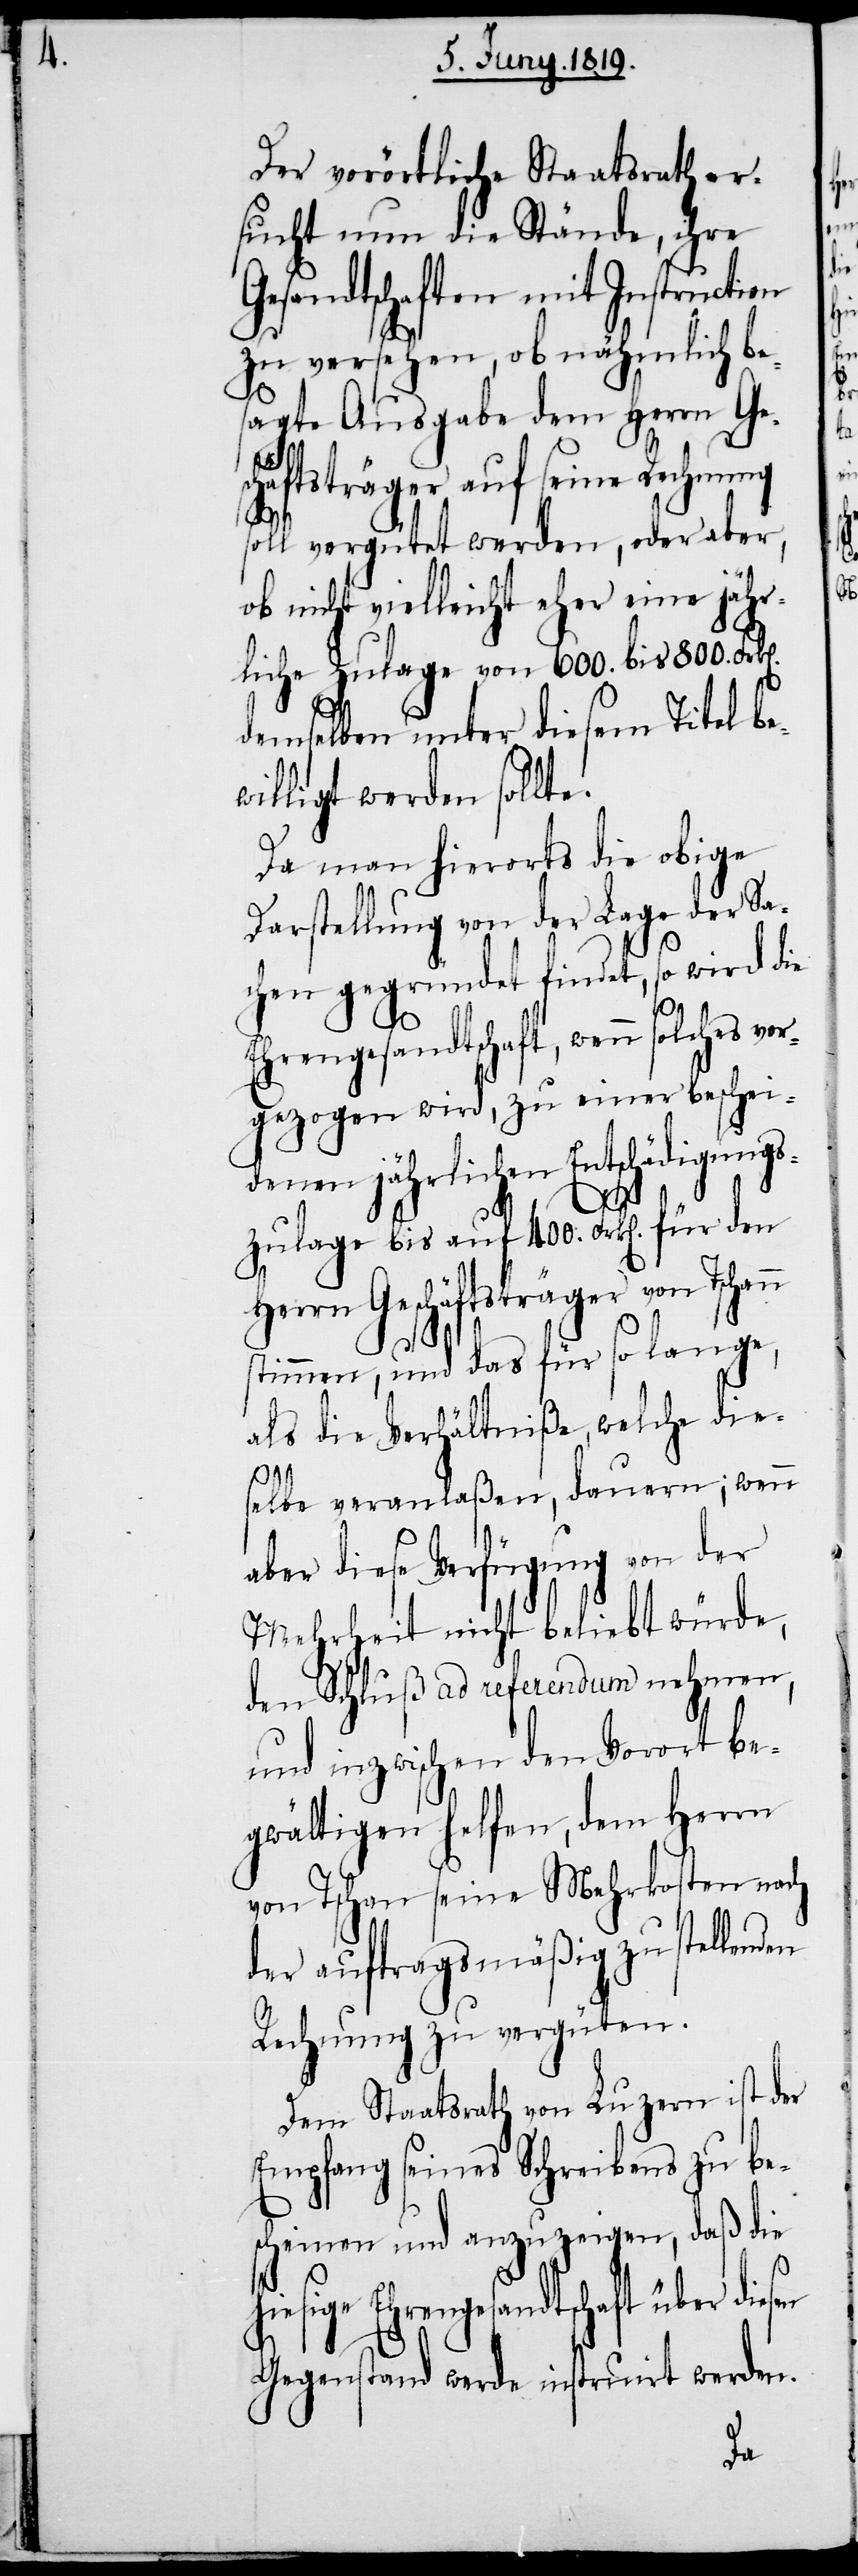
ann

Der vorörtliche Staatsrath er¬
sucht nun die Stände, ihre
Gesandtschaften mit Instruction
zu versehen, ob nähmlich be¬
sagte Ausgabe dem Herrn Gesc¬
häftsträger auf seine Rechnung
soll vergütet werden, oder aber,
ob nicht vielleicht eher eine jähr¬
liche Zulage von 600. bis 800. Frk[e¬
demselben unter diesem Titel be¬
willigt werden sollte.
Da man hierorts die obige
Darstellung von der Lage der Sa¬
chen gegründet findet, so wird die
sen
Ehrengesandtschaft, wenn solches
gezogen wird, zu einer beschei¬
denen jährlichen Entschädigungs¬
vor¬
zulage bis auf 400. Frk[en]. für den
Herrn Geschäftsträger von Tsch¬
stimmen, und das für so lange,
als die Verhältniße, welche die¬
selbe veranlaßen, dauern; wenn
aber diese Verfügung von der
Mehrheit nicht beliebt würde,
den Schluß ad referedum nehmen,
und inzwischen den Vorort be¬
gwältigen helfen, dem Herrn
von Tschan seine Mehrkosten nach
der auftragsmäßig zustellenden
Rechnung zu vergüten.
Dem Staatsrath von Luzern ist der
Empfang seines Schreibens zu be¬
scheinen und anzuzeigen, daß die
hiesige Ehrengesandtschaft über die¬
Gegenstand werde instruirt werden.